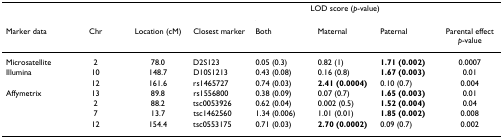
<table><thead><tr><td></td><td></td><td></td><td></td><td colspan="3"><b>LOD score (<i>p</i>-value)</b></td><td></td></tr><tr><td><b>Marker data</b></td><td><b>Chr</b></td><td><b>Location (cM)</b></td><td><b>Closest marker</b></td><td><b>Both</b></td><td><b>Maternal</b></td><td><b>Paternal</b></td><td><b>Parental effect <i>p</i>-value</b></td></tr></thead><tbody><tr><td>Microsatellite</td><td>2</td><td>78.0</td><td>D2S123</td><td>0.05 (0.3)</td><td>0.82 (1)</td><td><b>1.71 (0.002)</b></td><td>0.0007</td></tr><tr><td>Illumina</td><td>10</td><td>148.7</td><td>D10S1213</td><td>0.43 (0.08)</td><td>0.16 (0.8)</td><td><b>1.67 (0.003)</b></td><td>0.01</td></tr><tr><td></td><td>12</td><td>161.6</td><td>rs1465727</td><td>0.74 (0.03)</td><td><b>2.41 (0.0004)</b></td><td>0.10 (0.7)</td><td>0.004</td></tr><tr><td>Affymetrix</td><td>13</td><td>89.8</td><td>rs1556800</td><td>0.38 (0.09)</td><td>0.07 (0.7)</td><td><b>1.65 (0.003)</b></td><td>0.01</td></tr><tr><td></td><td>2</td><td>88.2</td><td>tsc0053926</td><td>0.62 (0.04)</td><td>0.002 (0.5)</td><td><b>1.52 (0.004)</b></td><td>0.04</td></tr><tr><td></td><td>7</td><td>13.7</td><td>tsc1462560</td><td>1.34 (0.006)</td><td>1.01 (0.01)</td><td><b>1.85 (0.002)</b></td><td>0.008</td></tr><tr><td></td><td>12</td><td>154.4</td><td>tsc0553175</td><td>0.71 (0.03)</td><td><b>2.70 (0.0002)</b></td><td>0.09 (0.7)</td><td>0.002</td></tr></tbody></table>